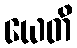
ယေတိ